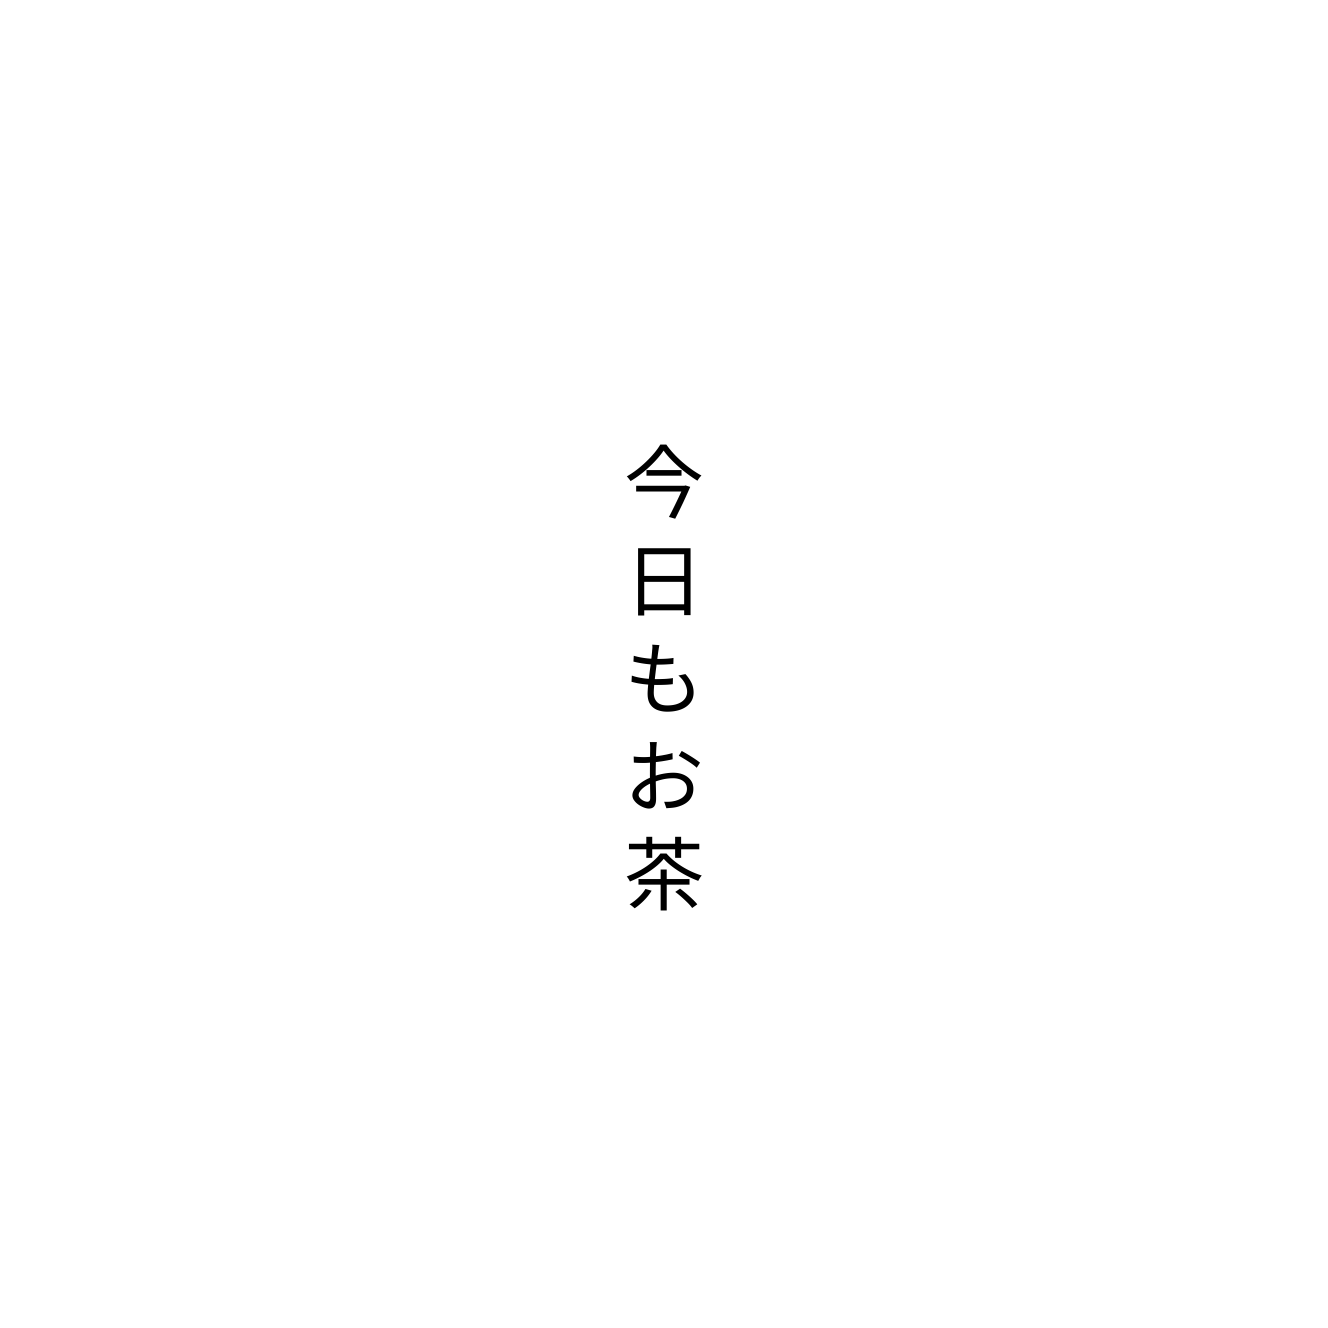
今日もお茶